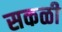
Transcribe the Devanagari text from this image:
सकळी